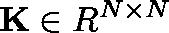
{ \bf K } \in { \boldmath R } ^ { N \times N }